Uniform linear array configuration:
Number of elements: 32
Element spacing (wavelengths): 0.5
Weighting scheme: blackman
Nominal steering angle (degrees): -30
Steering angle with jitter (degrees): -29.448
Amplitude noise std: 0.05
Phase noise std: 0.05

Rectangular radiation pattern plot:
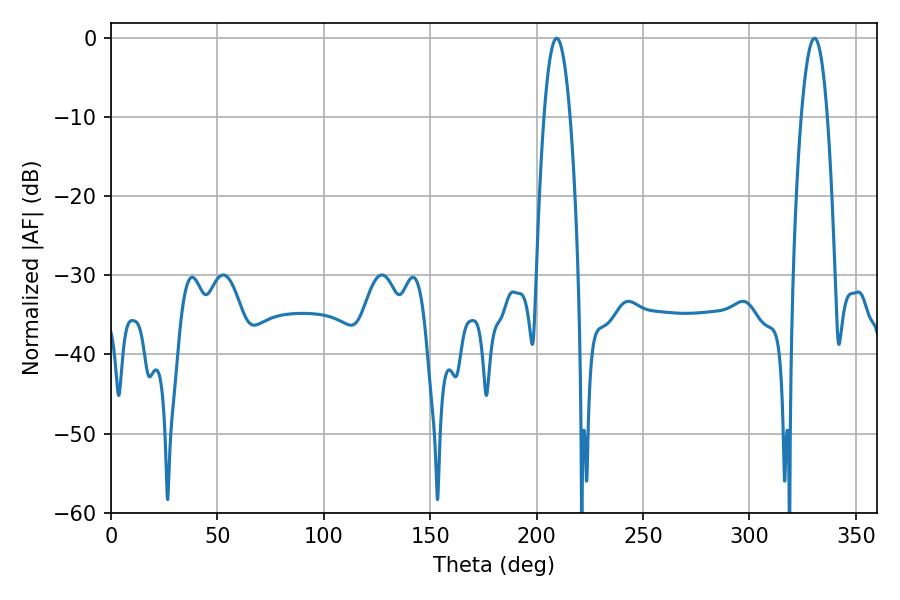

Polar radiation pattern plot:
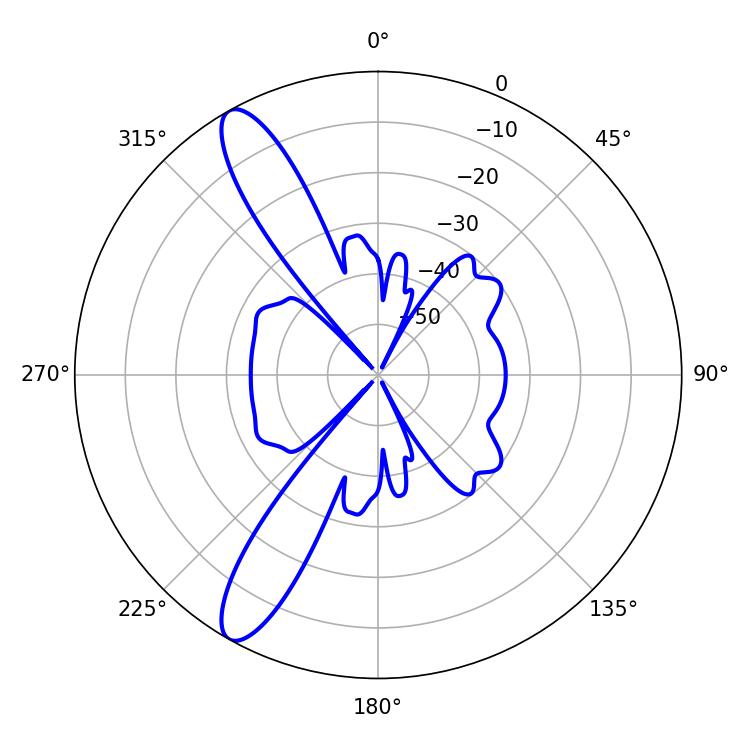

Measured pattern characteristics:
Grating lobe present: FALSE
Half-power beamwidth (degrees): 6.66
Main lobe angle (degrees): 330.66